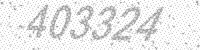
Solution: 403324